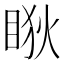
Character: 𥇃